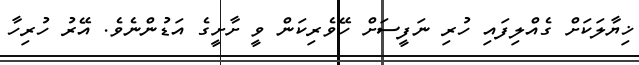
ޚިޔާލަކަށް ގެއްލިފައި ހުރި ނަފީސަށް ހޭވެރިކަން ވީ ށާށީގެ އަޑުންނެވެ. އޭރު ހުރިހާ